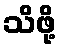
သိဖို့